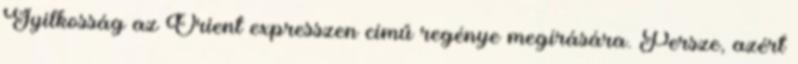
Gyilkosság az Orient expresszen című regénye megírására. Persze, azért